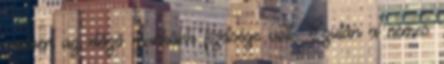
amiben az előző munkánk fizetsége volt. Ezután a nemes